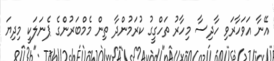
އޭނާ އަވަހާރަވި ހާދިސާ މިހާރު ތަހްގީގު ކުރަމުންދާ ތިން މެމްބަރުންގެ ޕެނަލަކީ މިދިޔަ